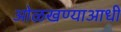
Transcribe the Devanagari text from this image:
ओळखण्याआधी